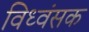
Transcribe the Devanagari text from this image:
विध्‍वंसक